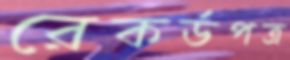
রেকর্ডপত্র